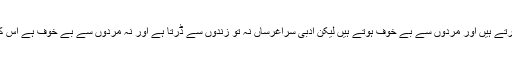
کچھ نقاد یقینا ً ایسے ہیں جو زندوں سے ڈرتے ہیں اور مُردوں سے بے خوف ہوتے ہیں لیکن ادبی سراغرساں نہ تو زندوں سے ڈرتا ہے اور نہ مُردوں سے بے خوف ہے اس کی وجہ یہی ہے کہ وہ تقسیم کا قائل نہیں ۔